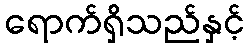
ရောက်ရှိသည်နှင့်